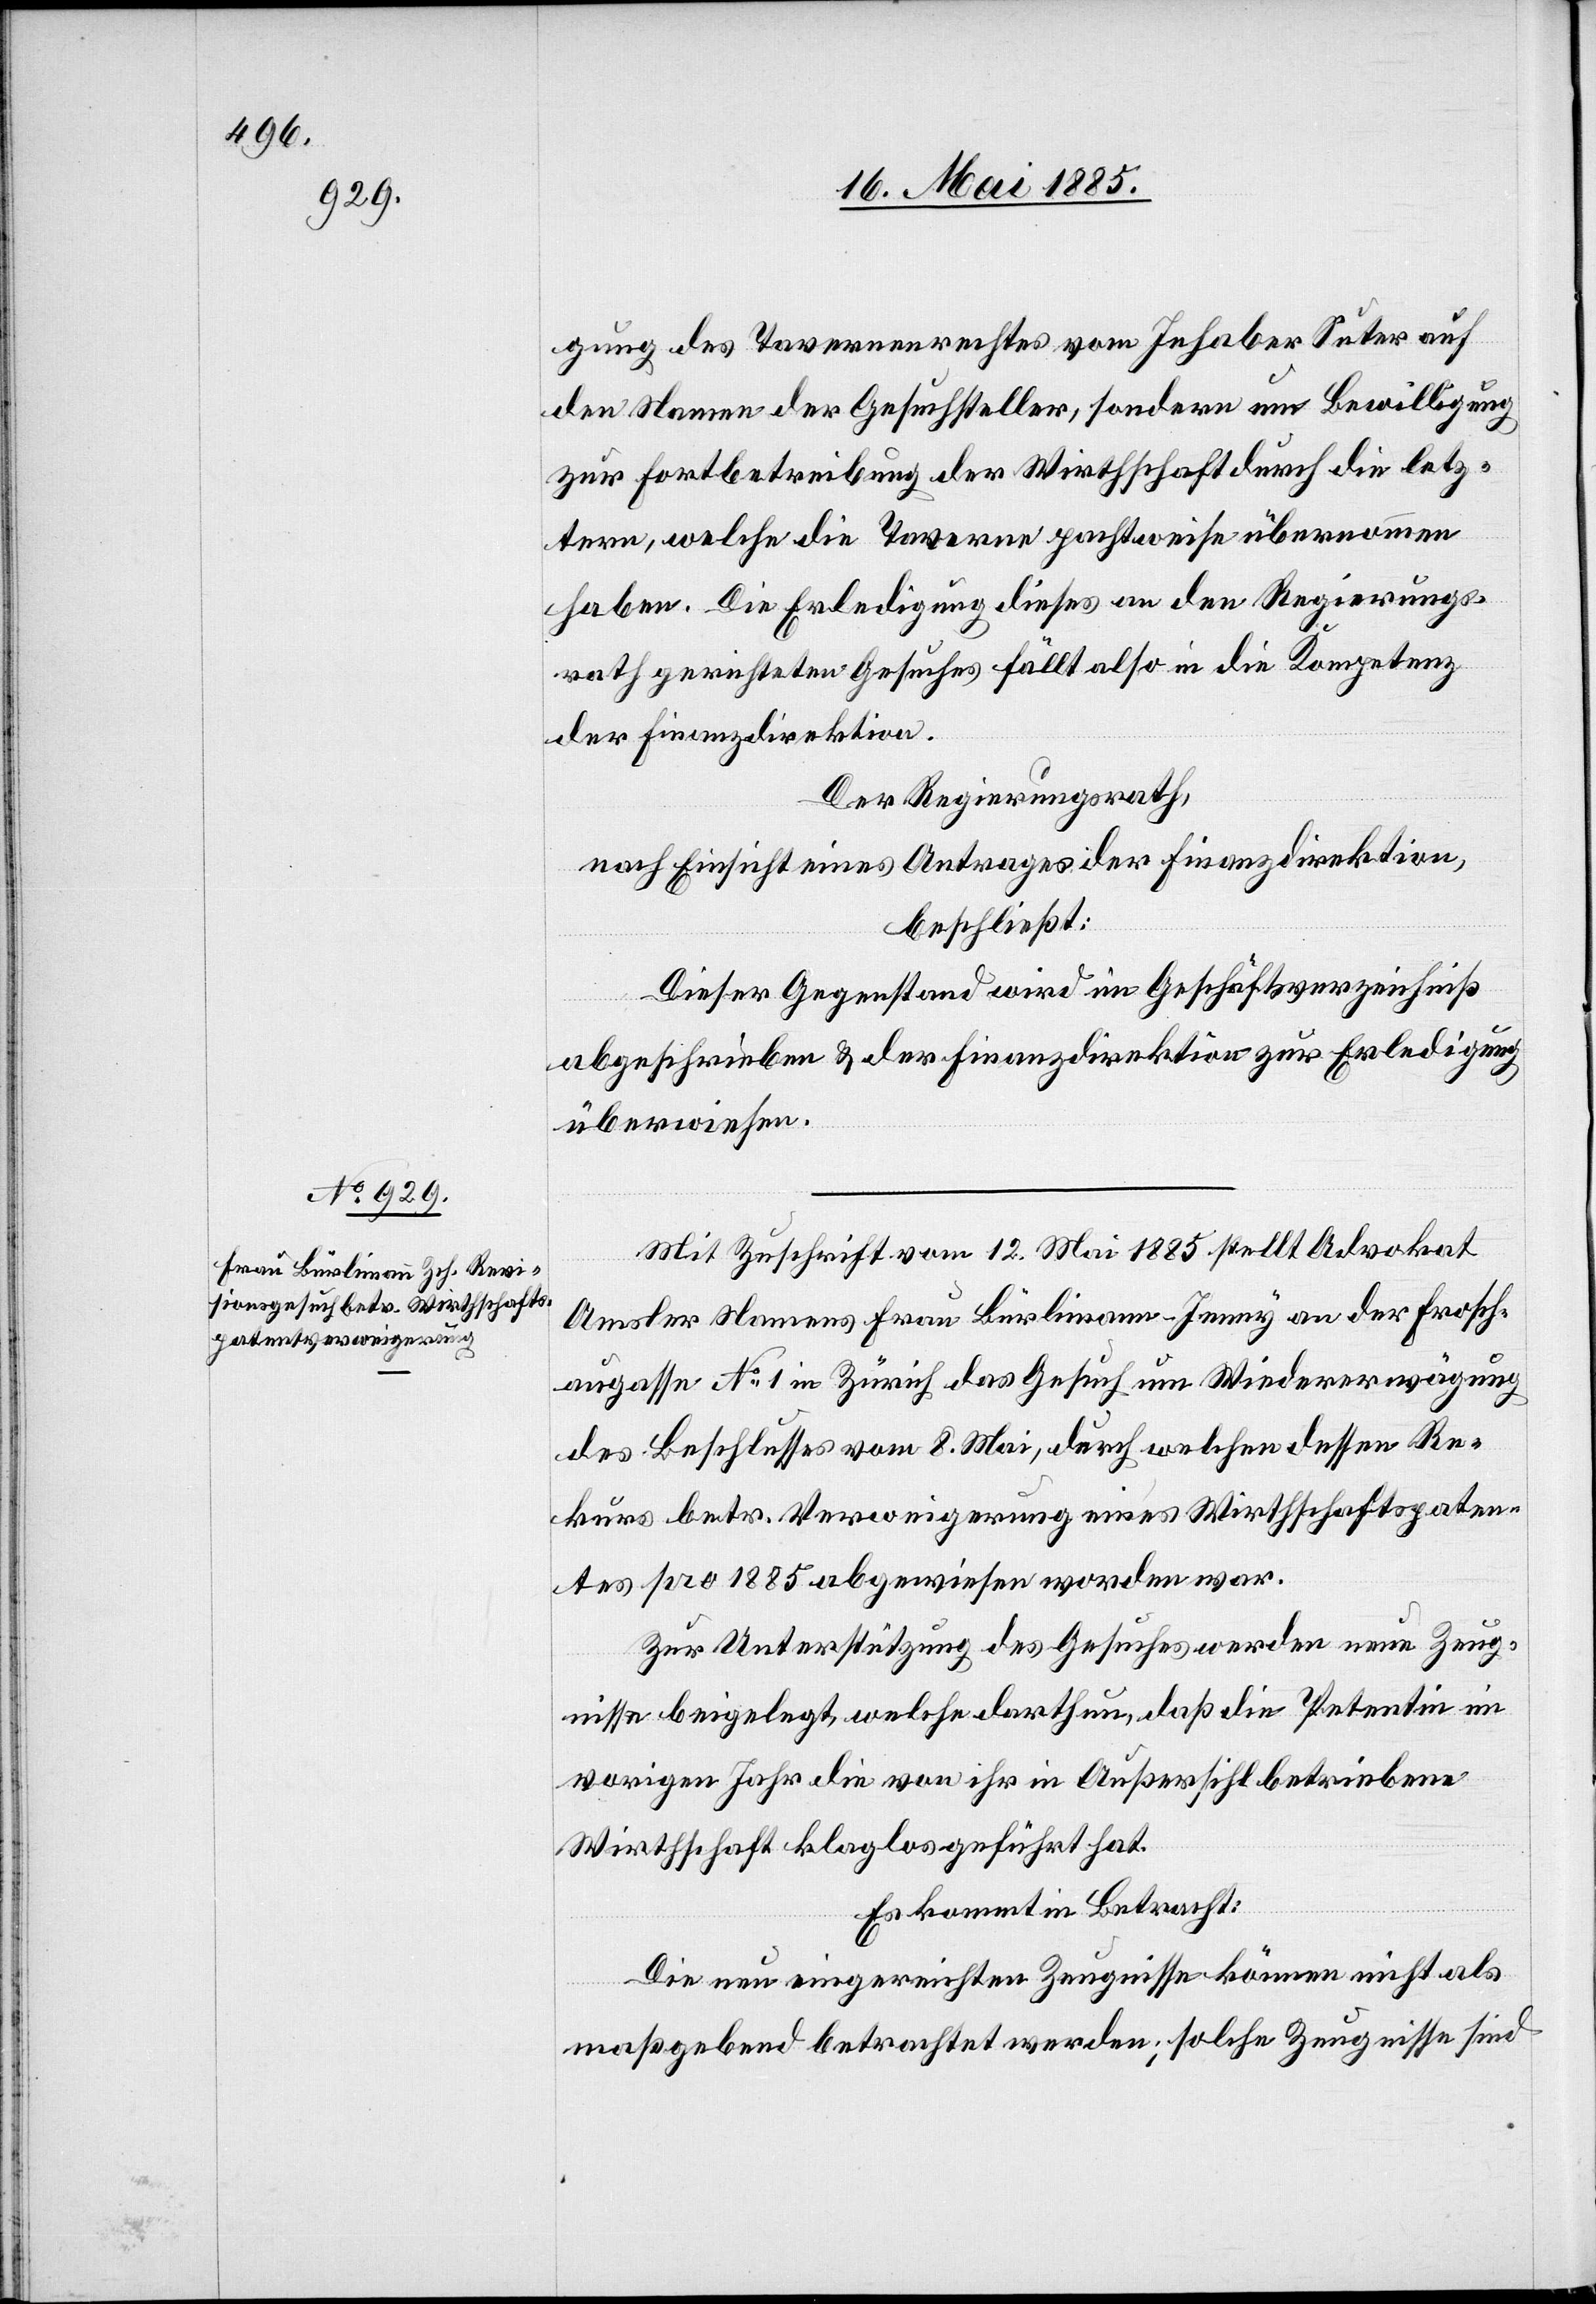
gung des Tavernenrechtes vom Inhaber Suter auf
den Namen der Gesuchsteller, sondern um Bewilligung
zur Fortbetreibung der Wirthschaft durch die letz¬
tern, welche die Taverne pachtweise übernommen
haben. Die Erledigung dieses an den Regierungs¬
rath gerichteten Gesuches fällt also in die Kompetenz
der Finanzdirektion.
Der Regierungsrath,
nach Einsicht eines Antrages der Finanzdirektion,
beschließt:
Dieser Gegenstand wird im Geschäftsverzeichniß
abgeschrieben & der Finanzdirektion zur Erledigung
überwiesen.
Mit Zuschrift vom 12. Mai 1885 stellt Advokat
Amsler Namens Frau Bürlimann-Jenny an der Frosch¬
augasse No 1 in Zürich das Gesuch um Wiedererwägung
des Beschlusses vom 8. Mai, durch welchen dessen Re¬
kurs betr. Verweigerung eines Wirthschaftspaten¬
tes pro 1885 angewiesen worden war.
Zur Unterstützung des Gesuches werden neue Zeug¬
nisse beigelegt, welche darthun, daß die Petentin im
vorigen Jahr die von ihr in Außersihl betriebene
Wirthschaft klaglos geführt hat.
Es kommt in Betracht:
Die neu eingereichten Zeugnisse können nicht als
maßgebend betrachtet werden; solche Zeugnisse sind